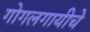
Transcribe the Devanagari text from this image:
गोगलगायीचे